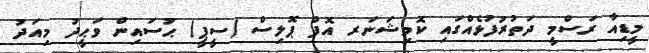
މީޑިއާ ރަސްމީ ދަތުރުފުޅެއްގައި ކޮމިޝަނަރ އޮފް ޕޮލިސް (ސީޕީ) ޙުސައިން ވަޙީދު މިއަދު